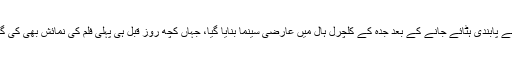
سینما سے پابندی ہٹائے جانے کے بعد جدہ کے کلچرل ہال میں عارضی سینما بنایا گیا، جہاں کچھ روز قبل ہی پہلی فلم کی نمائش بھی کی گئی تھی۔